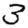
Digit: 3